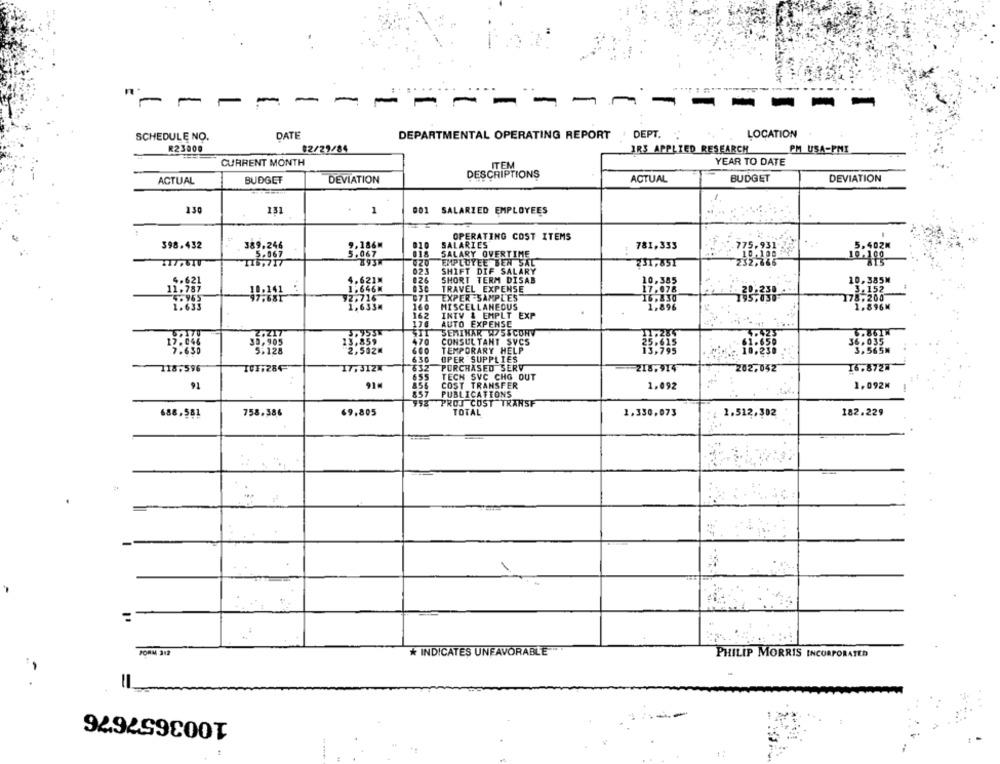
-
-
1
-
-
--
-
SCHEDULE NO.
DATE
DEPARTMENTAL OPERATING REPORT
DEPT.
LOCATION
R23000
02/29/84
IR3 APPLIED RESEARCH
PM USA-PMI
CURRENT MONTH
ITEM
YEAR TO DATE
DESCRIPTIONS
ACTUAL
BUDGET
DEVIATION
ACTUAL
BUDGET
DEVIATION
-
130
131
- 1
001 SALARIED EMPLOYEES
OPERATING COST ITEMS
398.432
10
SALARIES
781,333
775.931
5.502M
818
SALARY OVERTIME
10,100
10x00
417,61
EMPLOYEE BEN SAL
231,851
232,666
023
SHIFT DIF SALARY
5.621M
826
SHORT TERM DISAB
10.385
10,385M
TRAVEL EXPENSE
3.152
EXPER -SAMPLES
3P:330
178.200
1,633m
160
MISCELLANEOUS
1,896
1.896M
162
INTV & EMPLT EXP
.
176
AUTO EXPENSE
SEMINAR W75&CORV
3.42
470
CONSULTANT SVCS
36.035
5.128
2,502m
TEMPORARY HELP
10.230
3,565M
630
OPER SUPPLIES
17, 3IZX
632
PURCHASED SERV
202,052
16.8727
118,596
655
218,914
TECH SVC CHO OUT
91
91.
COST TRANSFER
1.092
1.092M
PUBLICATIONS
953 PROJ COST TRANSF
688.581
758.386
69.805
TOTAL
1.330,073
1.512,302
182.229
-
PORM 312
* INDICATES UNFAVORABLE
PHILIP MORRIS INCORPORATED
1003657676